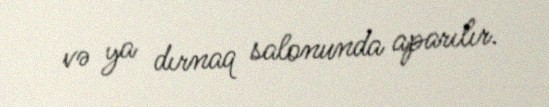
və ya dırnaq salonunda aparılır.